Proceedings of the meeting of veterinary officers in India
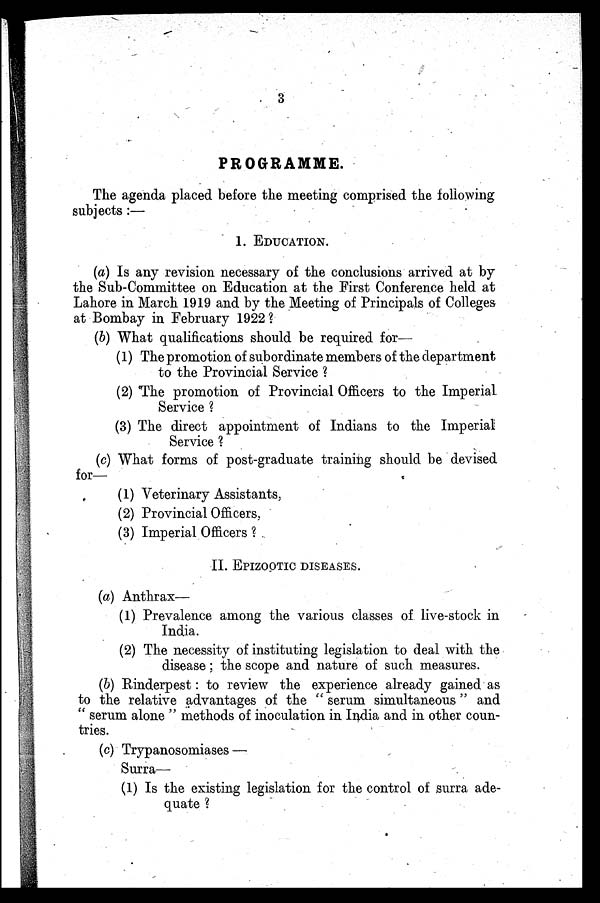
3
PROGRAMME.
The agenda placed before the meeting comprised the following
subjects:—
1. EDUCATION.
(a) Is any revision necessary of the conclusions arrived at by
the Sub-Committee on Education at the First Conference held at
Lahore in March 1919 and by the Meeting of Principals of Colleges
at Bombay in February 1922?
(b) What qualifications should be required for—
(1) The promotion of subordinate members of the department
to the Provincial Service?
(2) The promotion of Provincial Officers to the Imperial
Service?
(3) The direct appointment of Indians to the Imperial
Service?
(c) What forms of post-graduate training should be devised
for—
(1) Veterinary Assistants,
(2) Provincial Officers,
(3) Imperial Officers?
II. EPIZOOTIC DISEASES.
(a) Anthrax—
(1) Prevalence among the various classes of live-stock in
India.
(2) The necessity of instituting legislation to deal with the
disease; the scope and nature of such measures.
(b) Rinderpest: to review the experience already gained as
to the relative advantages of the "serum simultaneous" and
"serum alone" methods of inoculation in India and in other coun-
tries.
(c) Trypanosomiases—
Surra—
(1) Is the existing legislation for the control of surra ade-
quate?